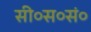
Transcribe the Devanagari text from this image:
सी०स०सं०